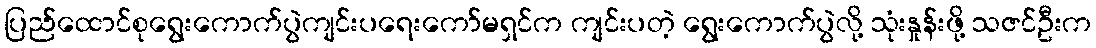
ပြည်ထောင်စုရွေးကောက်ပွဲကျင်းပရေးကော်မရှင်က ကျင်းပတဲ့ ရွေးကောက်ပွဲလို့ သုံးနှုန်းဖို့ သဇင်ဦးက